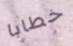
خطابا